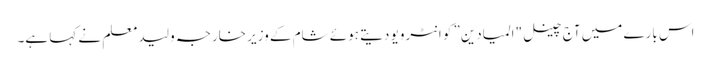
اس بارے میں آج چینل "المیادین” کو انٹرویو دیتے ہوئے شام کے وزیر خارجہ ولید معلم نے کہا ہے۔